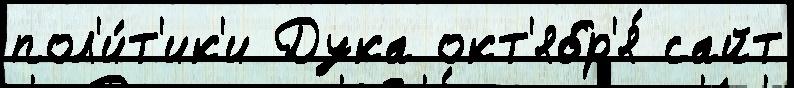
пол'и́т'ик'и Дука окт'ябр'я́ сайт